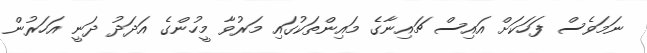
ނަމަވެސް ފަހަކަށް އައިސް ޗައިނާގެ މައިންތަކުގައި މަރުވާ މީހުންގެ އަދަދު ދަނީ އަހަރުން